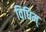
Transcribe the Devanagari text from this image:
विधिम्